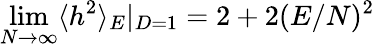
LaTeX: \operatorname*{lim}_{N\rightarrow\infty}\langle h^{2}\rangle_{E}|_{D=1}=2+2(E/N)^{2}